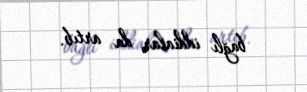
bağlı iddialar da artıb.